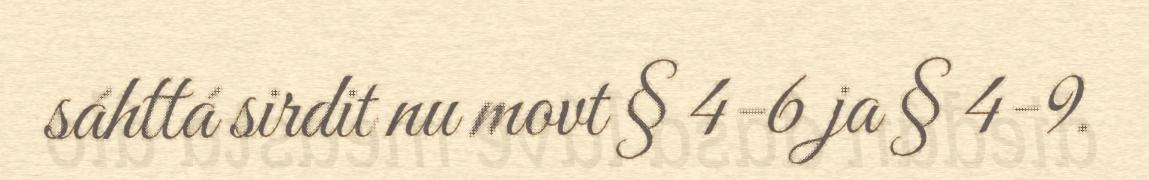
sáhttá sirdit nu movt § 4-6 ja § 4-9.